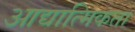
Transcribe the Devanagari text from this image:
आद्यात्मिकता